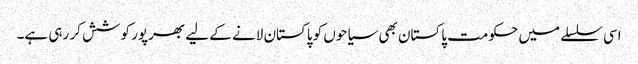
اسی سلسلے میں حکومت پاکستان بھی سیاحوں کو پاکستان لانے کے لیے بھرپور کوشش کر رہی ہے۔